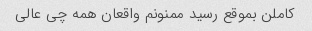
کاملن بموقع رسید ممنونم واقعان همه چی عالی